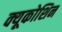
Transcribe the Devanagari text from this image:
क्यूकोशिन